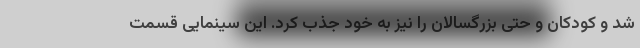
شد و کودکان و حتی بزرگسالان را نیز به خود جذب کرد. این سینمایی قسمت